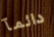
دائمآ